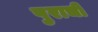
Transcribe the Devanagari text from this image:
पुराची